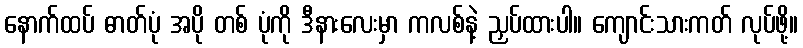
နောက်ထပ် ဓာတ်ပုံ အပို တစ် ပုံကို ဒီနားလေးမှာ ကလစ်နဲ့ ညှပ်ထားပါ။ ကျောင်းသားကတ် လုပ်ဖို့။